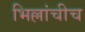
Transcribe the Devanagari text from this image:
भिल्लांचीच